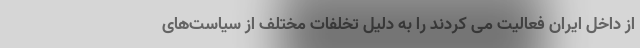
از داخل ایران فعالیت می کردند را به دلیل تخلفات مختلف از سیاست‌های